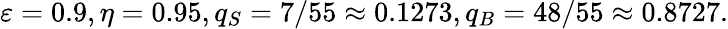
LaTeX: \varepsilon=0.9,\eta=0.95,q_{S}=7/55\approx 0.1273,q_{B}=48/55\approx 0.8727.